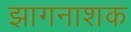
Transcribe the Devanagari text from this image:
झागनाशक